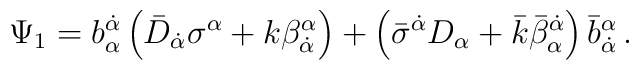
\Psi_1= b_\alpha^{\dot \alpha} \left( \bar D_{\dot \alpha}\sigma^\alpha + k \beta^{\alpha}_{\dot    \alpha} \right)  + \left( \bar \sigma^{\dot \alpha}  D_\alpha  + \bar k \bar \beta^{\dot    \alpha}_\alpha \right) \bar b_{\dot \alpha}^\alpha \,.